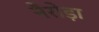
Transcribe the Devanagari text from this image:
नैरोड़ा